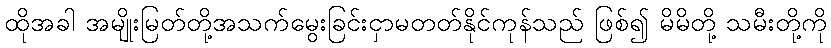
ထိုအခါ အမျိုးမြတ်တို့အသက်မွေးခြင်းငှာမတတ်နိုင်ကုန်သည် ဖြစ်၍ မိမိတို့ သမီးတို့ကို